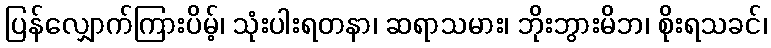
ပြန်လျှောက်ကြားပိမ့်၊ သုံးပါးရတနာ၊ ဆရာသမား၊ ဘိုးဘွားမိဘ၊ စိုးရသခင်၊